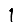
Digit: 1